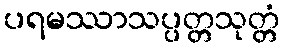
ပရမဿာသပ္ပတ္တသုတ္တံ